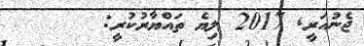
ޖެނުއަރީ